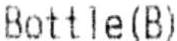
BOTTLE(B)